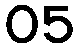
05